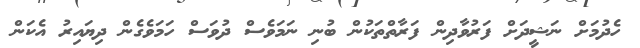
ހެދުމަށް ނަޝީދަށް ފަރުވާދިން ފަރާތްތަކުން ބުނި ނަމަވެސް ދުވަސް ހަމަވެގެން ދިޔައިރު އެކަން